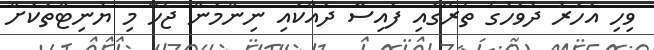
ވިހި އަހަރު ދުވަހުގެ ތެރޭގައި ފައިސާ ދައްކައި ނިންމަން ޖެހޭ މި ޔުނިޓްތަކަށް